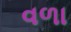
વળા